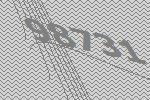
98731